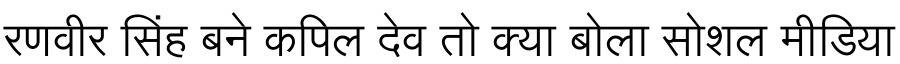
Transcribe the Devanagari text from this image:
रणवीर सिंह बने कपिल देव तो क्या बोला सोशल मीडिया